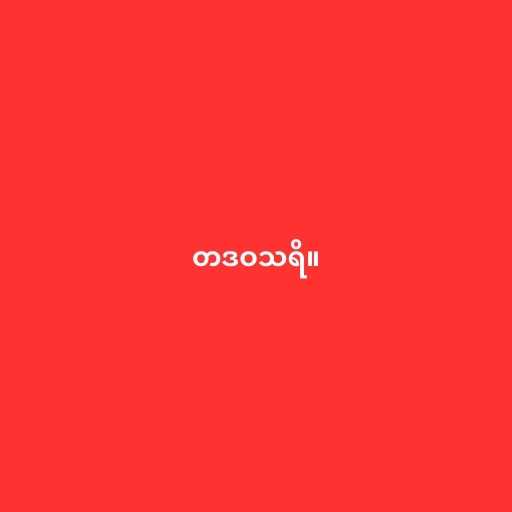
တဒဝသရိ။